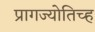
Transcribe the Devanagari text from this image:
प्रागज्योतिच्ह